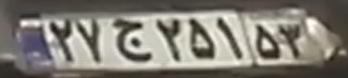
۲۷ج۲۵۱۵۳